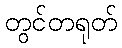
တွင်တရုတ်